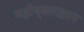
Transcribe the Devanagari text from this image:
महोब्बतखान